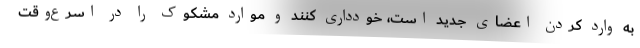
به وارد کردن اعضای جدید است، خودداری کنند و موارد مشکوک را در اسرع‌وقت